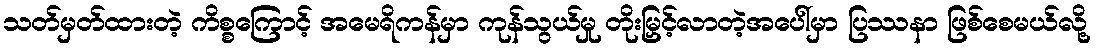
သတ်မှတ်ထားတဲ့ ကိစ္စကြောင့် အမေရိကန်မှာ ကုန်သွယ်မှု တိုးမြှင့်လာတဲ့အပေါ်မှာ ပြဿနာ ဖြစ်စေမယ်လို့